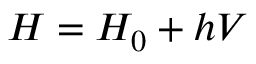
H = H _ { 0 } + h V